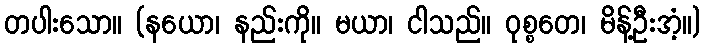
တပါးသော။ (နယော၊ နည်းကို။ မယာ၊ ငါသည်။ ဝုစ္စတေ၊ မိန့်ဦးအံ့။)